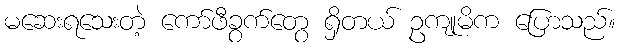
မဆေးရသေးတဲ့ ကော်ဖီခွက်တွေ ရှိတယ် ဥကျုမိက ပြောသည်။